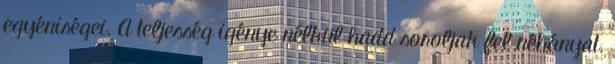
egyéniségei. A teljesség igénye nélkül hadd soroljak fel néhányat.